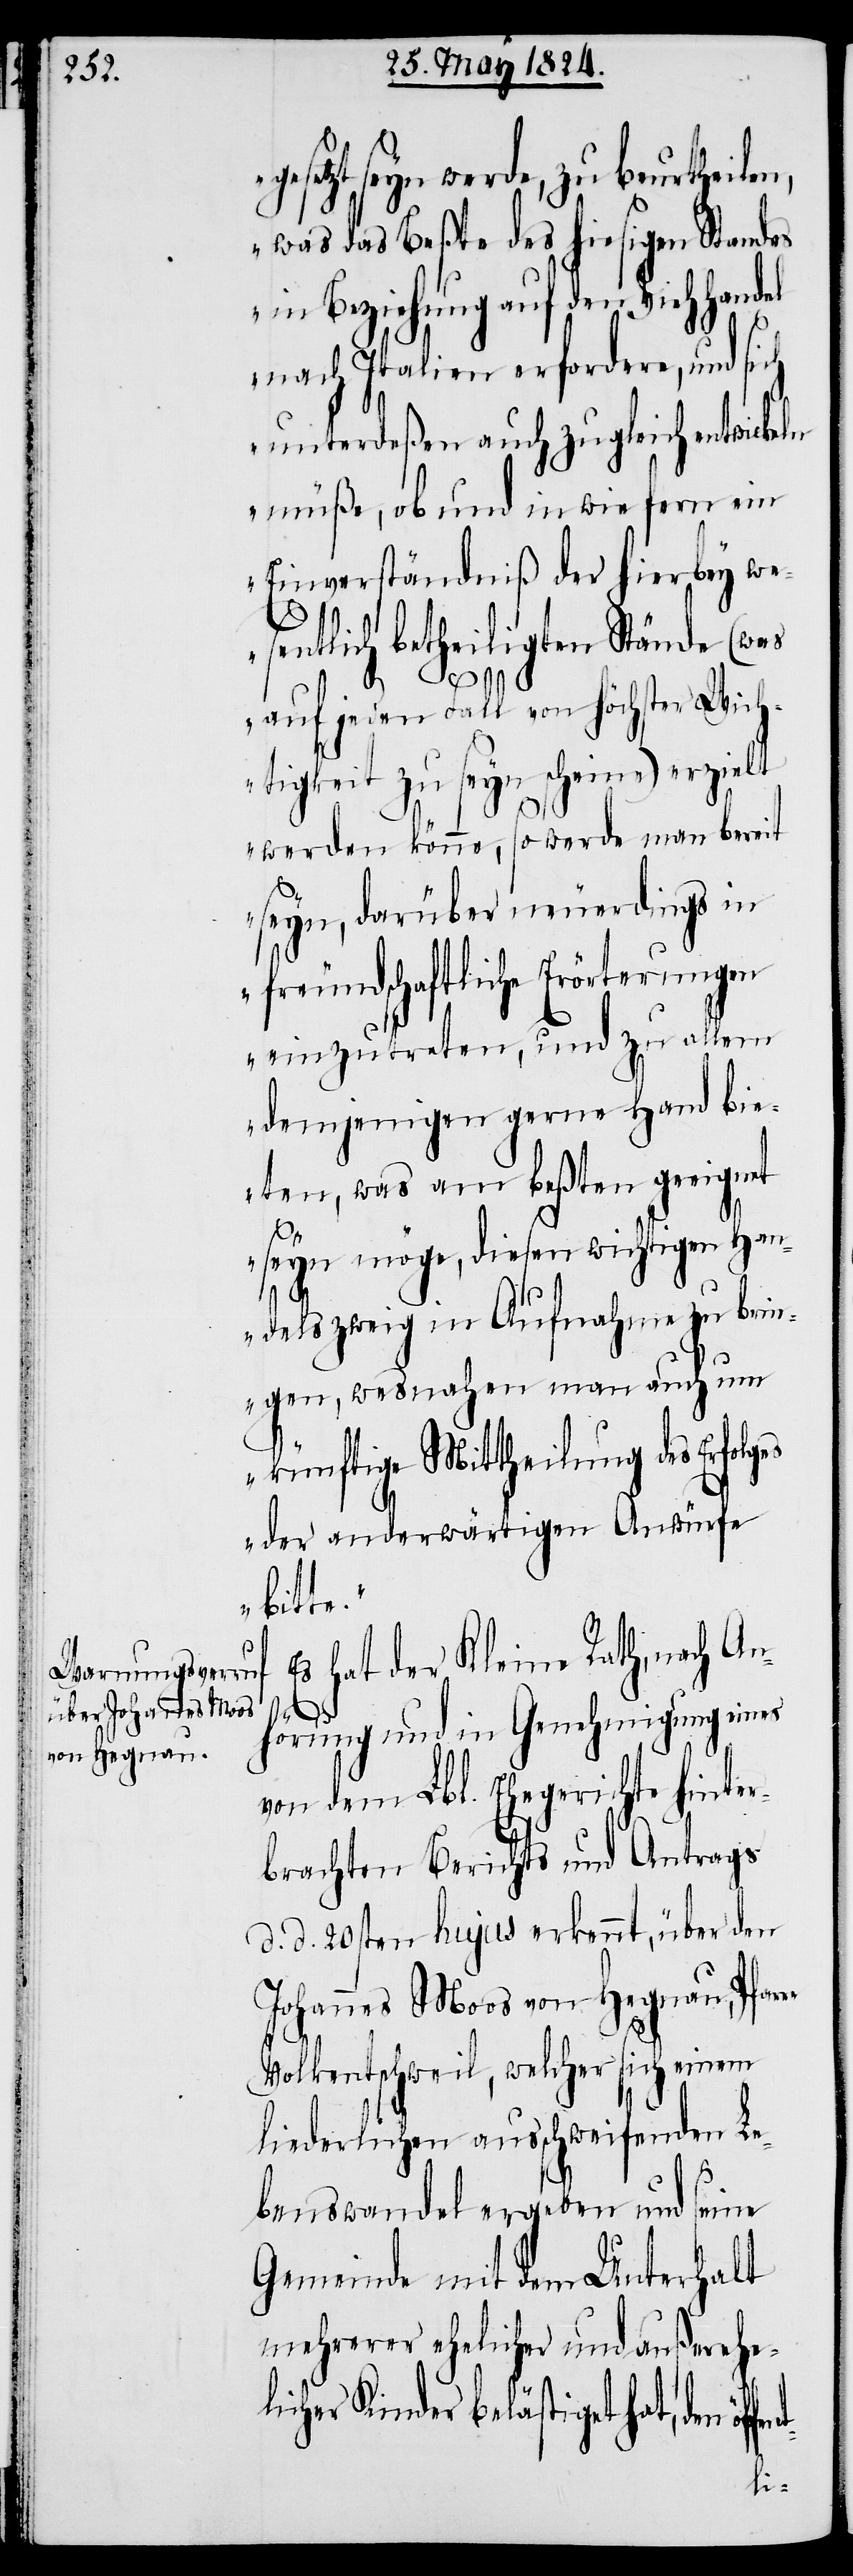
setzt seyn werde, zu beurtheile¬
was das Beßte des hiesigen Standes
in Beziehung auf den
nach Italien erfordere, und sich
unterdeßen auch zugleich entwickeln
müße, ob und in wie fern ein
Einverständniß der hierbey we¬
sentlich betheiligten Stände (was
auf jeden Fall von höchster Wich¬
tigkeit zu seyn scheine) erzielt
werden könne, so werde man bereit
seyn, darüber neuerdings in
freundschaftliche Erörterungen
einzutreten, und zu allem
demjenigen gerne Hand bie¬
ten, was am beßten geeignet
seyn möge, diesen wichtigen Han¬
delszweig in Aufnahme zu brin¬
gen, wesnahen man auch um
künftige Mittheilung des Erfol¬
der anderwärtigen Anwürfe
bitte.“
E¬
s hat der Kleine Rath, nach An¬
ges
hörung und in Genehmigung eines
von dem Lbl. Ehegerichte hinter¬
brachten Berichts und Antrags
d. d. 20sten hujus erkennt, über den
Johannes Moos von Hegnau, Pfarre
Volkentschweil, welcher sich einem
liederlichen ausschweifenden Le¬
benswandel ergeben und seine
Gemeinde mit dem Unterhalt
mehrerer ehelicher und außerehel¬
icher Kinder belästiget hat, den